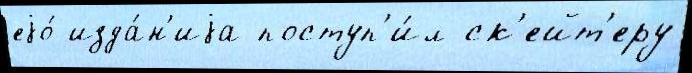
еjо́ изда́н'иjа поступ'и́л ск'ейт'еру